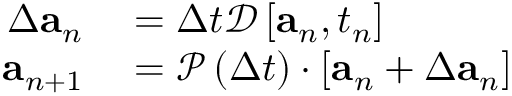
\begin{array} { r } { \begin{array} { r l } { \Delta \mathbf { a } _ { n } } & { { } = \Delta t \mathcal { D } \left[ \mathbf { a } _ { n } , t _ { n } \right] } \\ { \mathbf { a } _ { n + 1 } } & { { } = \mathcal { P } \left( \Delta t \right) \cdot \left[ \mathbf { a } _ { n } + \Delta \mathbf { a } _ { n } \right] } \end{array} } \end{array}